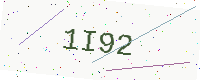
Text: 1I92